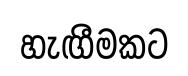
හැඟීමකට